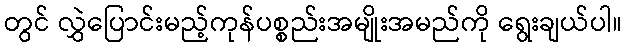
တွင် လွှဲပြောင်းမည့်ကုန်ပစ္စည်းအမျိုးအမည်ကို ရွေးချယ်ပါ။